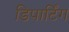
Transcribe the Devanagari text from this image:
डिपार्टिंग